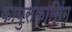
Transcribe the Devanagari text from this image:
कापुसकासिंग